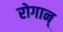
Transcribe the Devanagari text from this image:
रोगान्